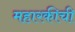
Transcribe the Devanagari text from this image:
महारकीची